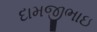
દામજીભાઇ